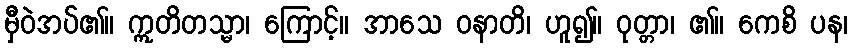
မှီဝဲအပ်၏။ ဣတိတသ္မာ၊ ကြောင့်။ အာသေ ဝနာတိ၊ ဟူ၍။ ဝုတ္တာ၊ ၏။ ကေစိ ပန၊